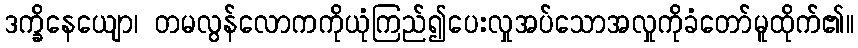
ဒက္ခိနေယျော၊ တမလွန်လောကကိုယုံကြည်၍ပေးလှုအပ်သောအလှုကိုခံတော်မူထိုက်၏။